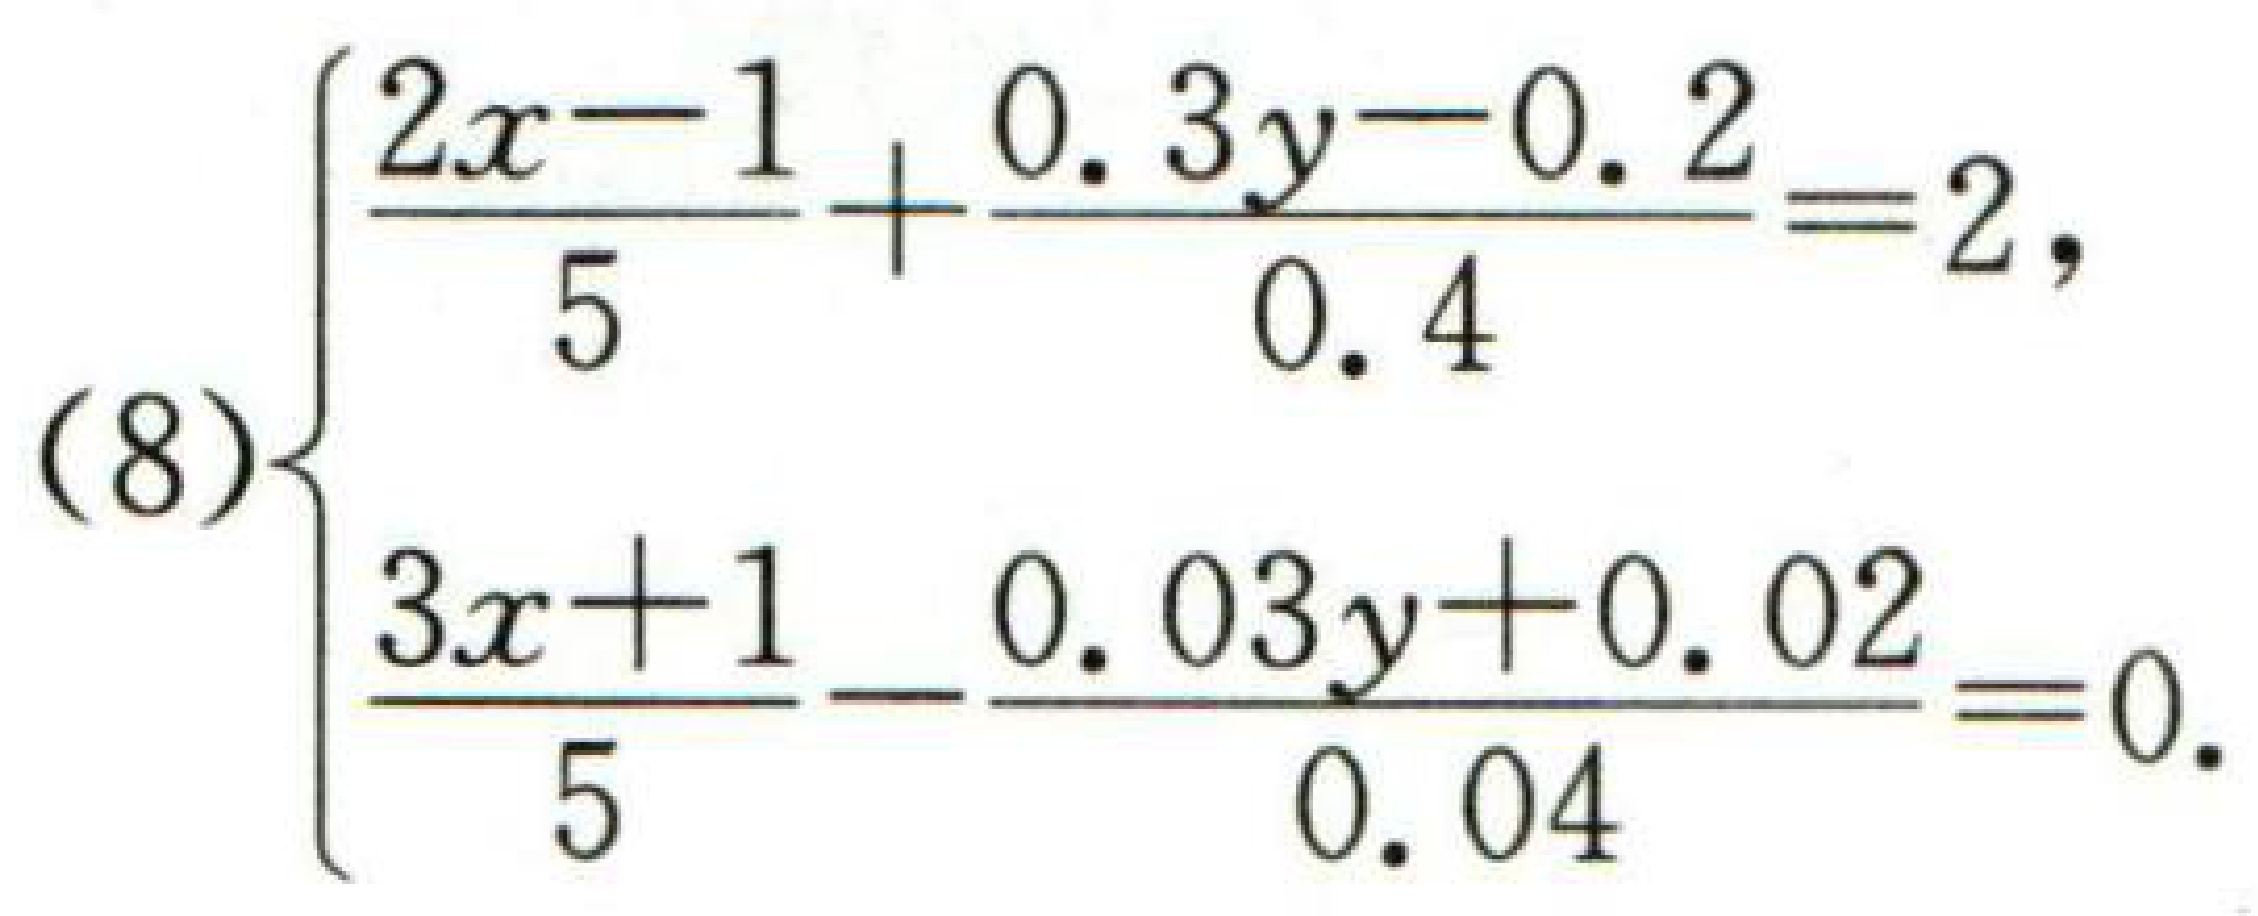
\[(8)\begin{cases}

\frac{2x - 1}{5}+\frac{0.3y - 0.2}{0.4}=2\\

\frac{3x + 1}{5}-\frac{0.03y + 0.02}{0.04}=0

\end{cases}\]